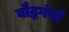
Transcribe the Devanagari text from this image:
बौद्धगंथों